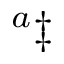
^ { a } \ddag